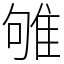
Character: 雊